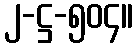
၂-ဋ္ဌ-၅၀၄။